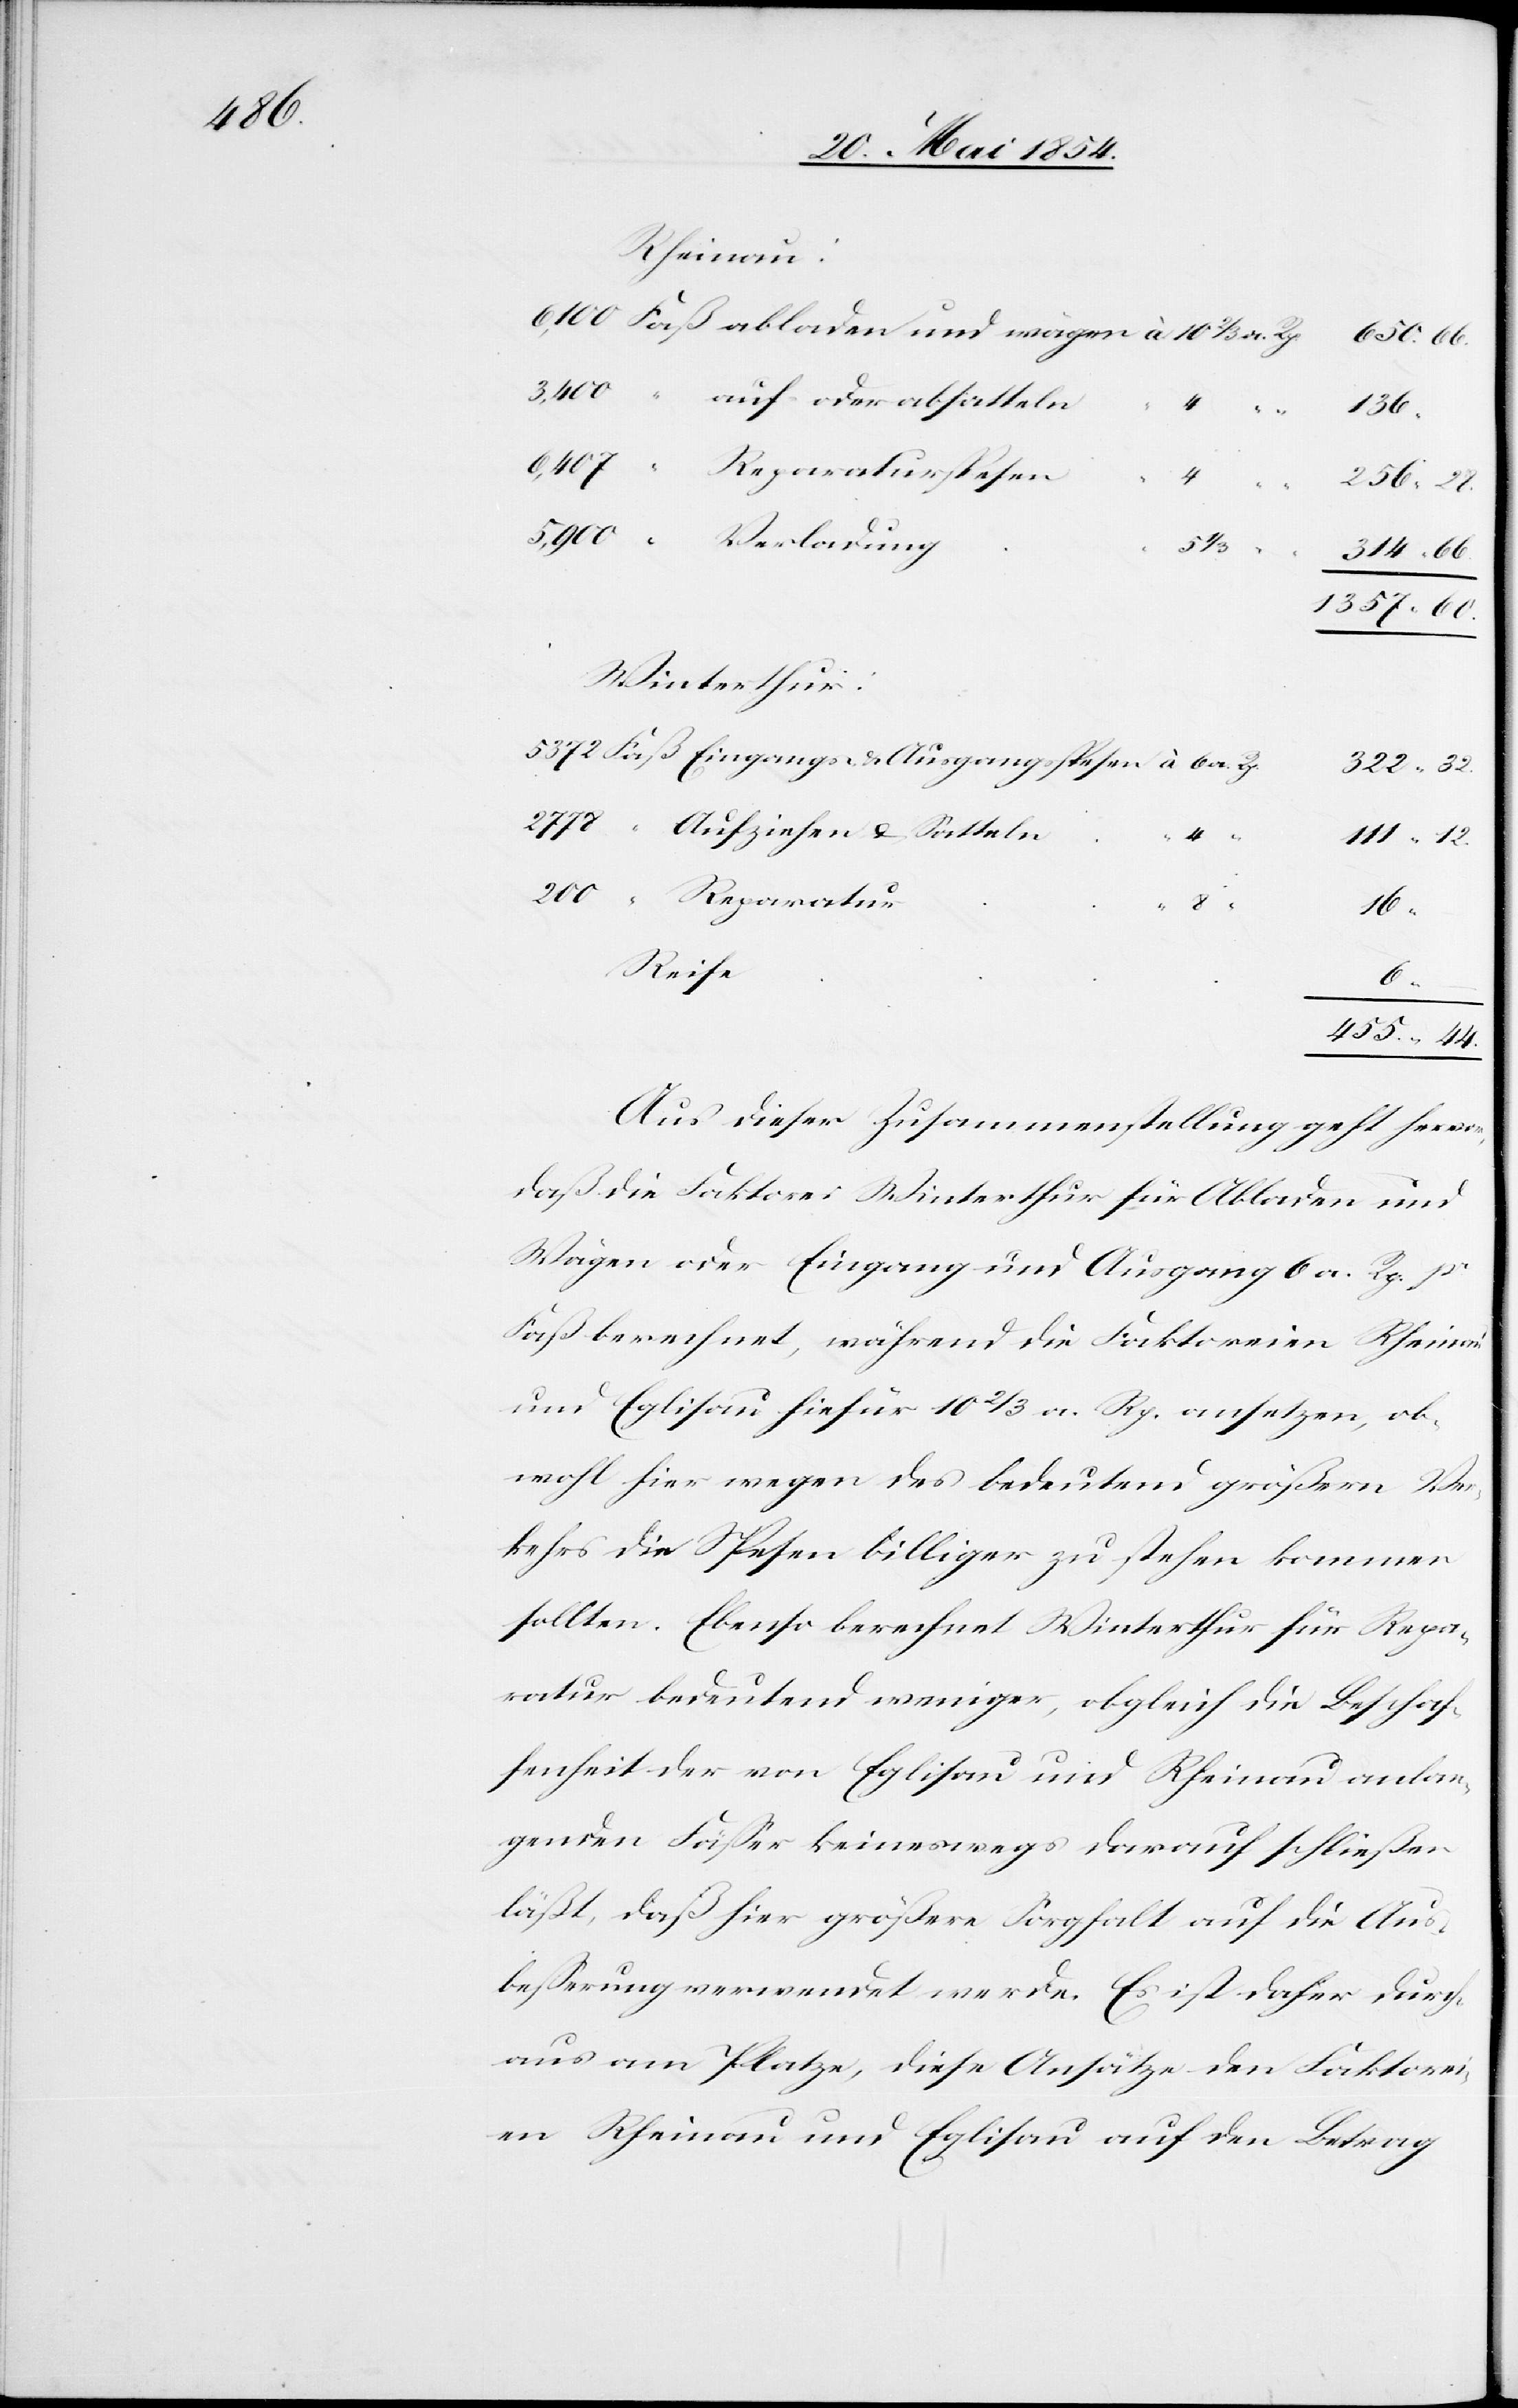
455.

Rheinau:
auf oder absatteln
4
136.
32.
3,400
Winterthur:
Aufziehen u. Satteln
12.
“
111.
8
44.
Reise
6.
Aus dieser Zusammenstellung geht hervor,
daß die Faktorei Winterthur für Abladen und
Wägen oder Eingang und Ausgang 6. a. R. pr
Faß berechnet, während die Faktoreien Rheinau
und Eglisau hiefür 10 2/3 a. R. ansetzen, ob¬
wohl hier wegen des bedeutend größern Ver¬
kehrs die Spesen billiger zu stehen kommen
sollten. Ebenso berechnet Winterthur für Repa¬
ratur bedeutend weniger, obgleich die Beschaf¬
fenheit der von Eglisau und Rheinau anlan¬
genden Fäßer keineswegs darauf schließen
läßt, daß hier größere Sorgfalt auf die Aus¬
beßerung verwendet werde. Es ist daher durch¬
aus am Platze, diese Ansätze den Faktorei¬
en Rheinau und Eglisau auf den Betrag